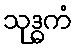
သုဒ္ဓကံ